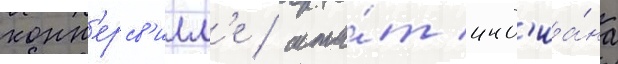
конн'ерсв'илл'е / шта́т инд'иа́на